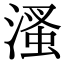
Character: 溞